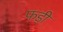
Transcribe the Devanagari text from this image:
फड़ी